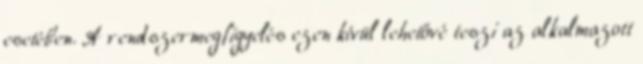
esetében. A rendszermegfigyelés ezen kívül lehetővé teszi az alkalmazott